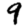
Digit: 9